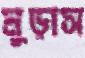
মুড়াস